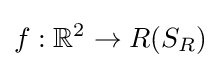
f:\mathbb {R} ^{2}\rightarrow R(S_{R})